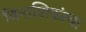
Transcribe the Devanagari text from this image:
विनाशिकांचा